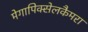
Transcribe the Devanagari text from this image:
मेगापिक्सेलकैमरा